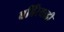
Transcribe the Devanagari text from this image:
बहिरेवाडी